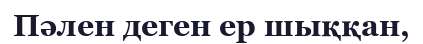
Пәлен деген ер шыққан,